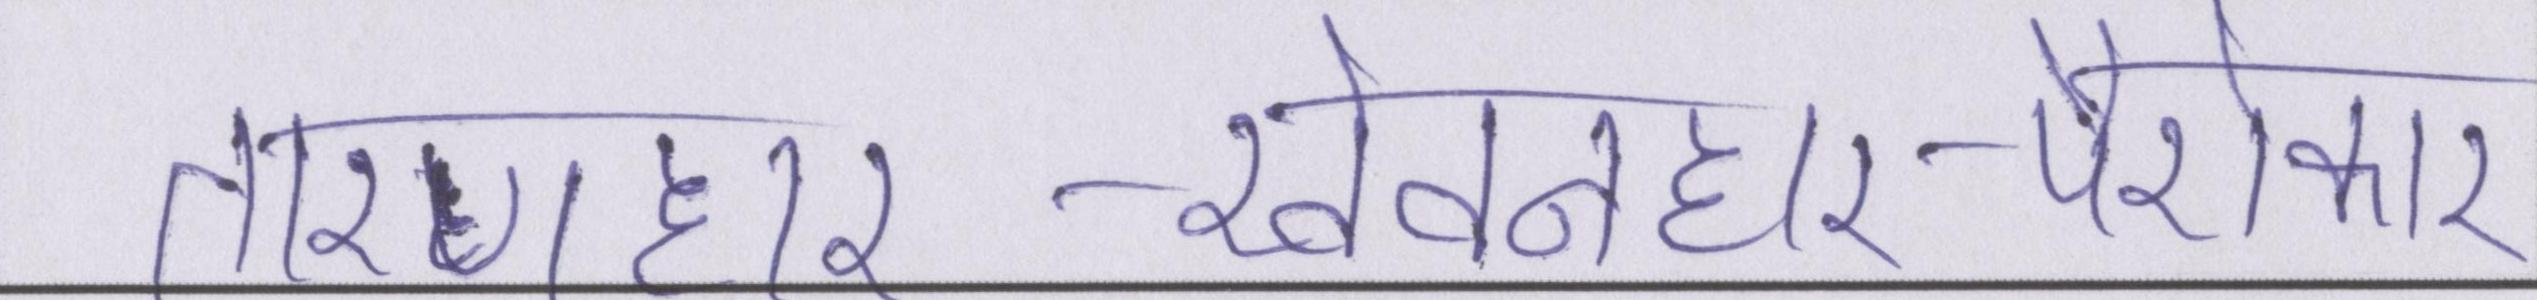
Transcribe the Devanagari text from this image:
तारणहार-खेवनहार-पैरोकार